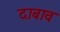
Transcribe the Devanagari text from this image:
दाबाव